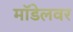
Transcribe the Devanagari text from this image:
मॉडेलवर